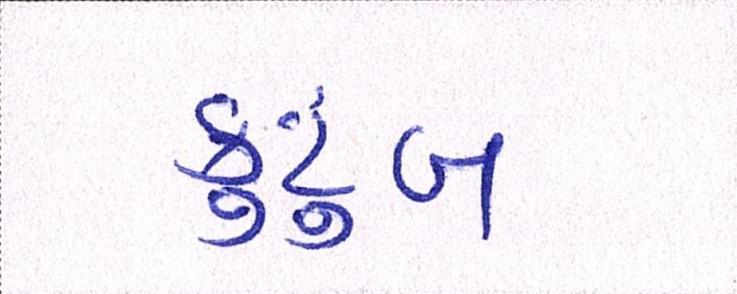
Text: કુટુંબ